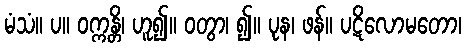
မံသံ။ ပ။ ဝက္ကန္တိ၊ ဟူ၍။ ဝတွာ၊ ၍။ ပုန၊ ဖန်။ ပဋိလောမတော၊